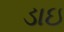
ડાઇ